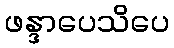
ဖန္ဒာပေသိပေ